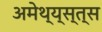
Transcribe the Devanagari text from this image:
अमेथ्य्स्त्स